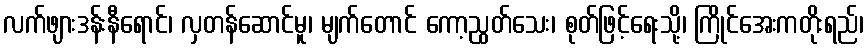
လက်ဖျားဒန်းနီရောင်၊ လှတန်ဆောင်မူ၊ မျက်တောင် ကော့ညွတ်သေး၊ စုတ်ဖြင့်ရေးသို့၊ ကြိုင်အေးကတိုးရည်၊